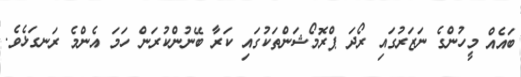
ބައެއް މީހުންގެ ނަޒަރުގައި ރޯދަ ޕްރޮމޯޝަންތަކުގައި ކަރާ ބޭނުންކުރަން ހަމަ އެންމެ ރަނގަޅެވެ.